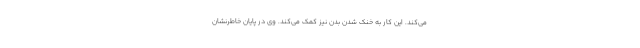
می‌کند. این کار به خنک شدن بدن نیز کمک می‌کند. وی در پایان خاطرنشان